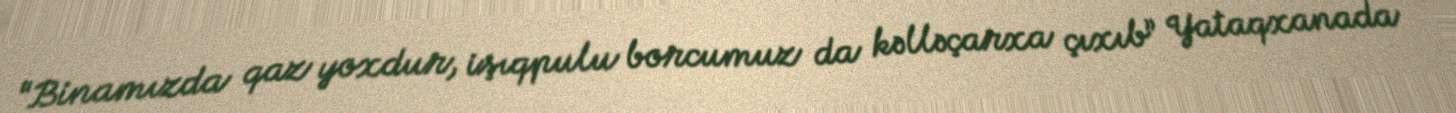
“Binamızda qaz yoxdur, işıqpulu borcumuz da kəlləçarxa çıxıb” Yataqxanada